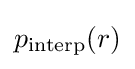
p_{\operatorname {interp} }(r)